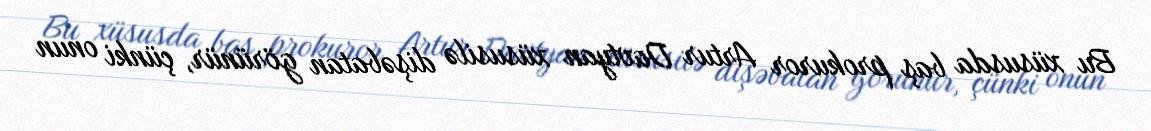
Bu xüsusda baş prokuror Artur Davtyan xüsusilə dişəbatan görünür, çünki onun